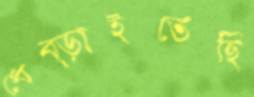
ধেব্‌ড়াইতেছি